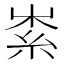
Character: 𥿟